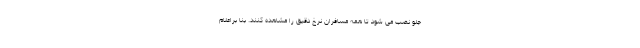
جلو نصب می شود تا همه مسافران نرخ دقیق را مشاهده کنند. بنا براعلام